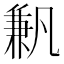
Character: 𠔮